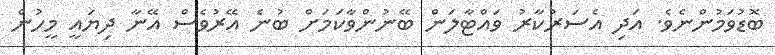
ބޮޑުވަމުންނެވެ. އަދި އެސަރުކާރު ވައްޓާލަން ބޭނުންވާކަމަށް ބުނެ އޭރުވެސް އޭނާ ދިޔައީ މީހުން